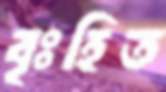
বৃঃহিত